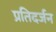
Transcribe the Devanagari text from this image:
प्रतिदर्जन